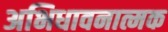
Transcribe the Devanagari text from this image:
अभिधावनात्मक